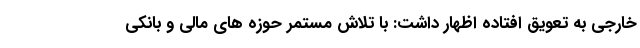
خارجی به تعویق افتاده اظهار داشت: با تلاش مستمر حوزه های مالی و بانکی